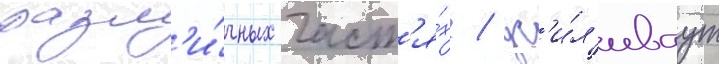
разл'и́чных част'я́х / ус'и́л'иваут